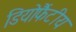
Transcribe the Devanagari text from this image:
डियोफैंटीय